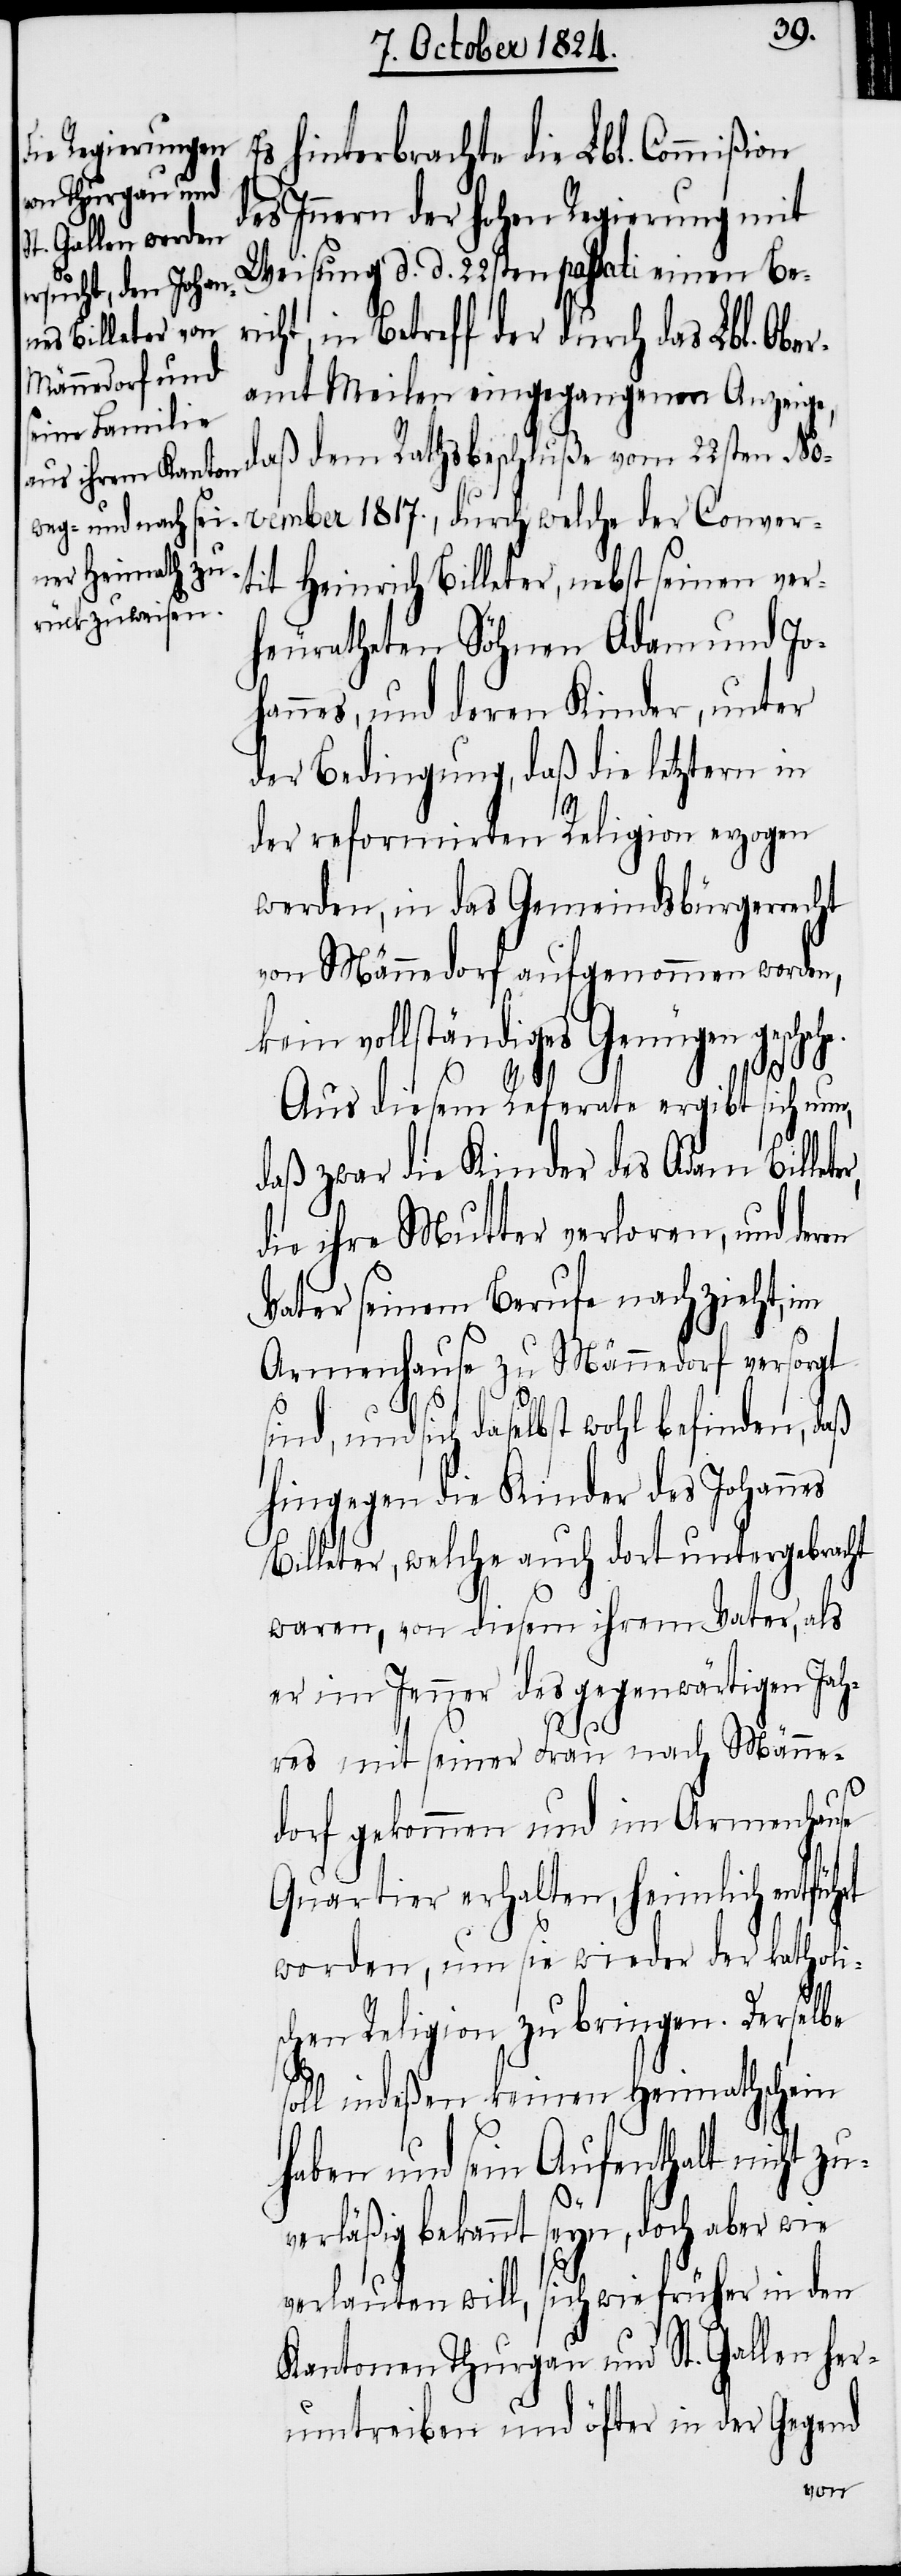
Es hinterbrachte die Lbl. Commißion
des Innern der hohen Regierung mit
Weisung d. d. 22sten passati einen Ber¬
in Betreff der durch das Lbl. Obe¬
ramt Meilen eingegangenen Anzeige,
daß dem Rathsbeschluße vom 22sten No¬
vember 1817., durch welche der Conver¬
tit Heinrich Billeter, nebst seinen ver¬
heuratheten Söhnen Adam und Jo¬
hannes, und deren Kinder, unter
der Bedingung, daß die letztern in
der reformirten Religion erzogen
werden, in das Gemeindsbürgerrecht
von Männedorf aufgenommen werden,
kein vollständiges Genügen geschehe.
ter,
Aus diesem Referate ergibt sich nun,
daß zwar die Kinder des Adam Bille¬
die ihre Mutter verloren, und deren
Vater seinem Berufe nachzieht, im
Armenhause zu Männedorf versorgt
sind, und sich daselbst wohl befinden, daß
hingegen die Kinder des Johannes
Billeter, welche auch dort untergebracht
waren, von diesem ihrem Vater, als
er im Jenner des gegenwärtigen Jah¬
res mit seiner Frau nach Männe¬
dorf gekommen und im Armenhause
Quartier erhalten, heimlich entführt
worden, um sie wieder der katholis¬
chen Religion zu bringen. Derselbe
soll indeßen keinen Heimathschein
haben und sein Aufenthalt nicht zu¬
verläßig bekannt seyn, doch aber wie
verlauten will, sich wie früher in den
Kantonen Thurgau und St. Gallen her¬
umtreiben und öfter in der Gegend